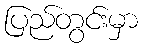
ပြည်တွင်းမှာ